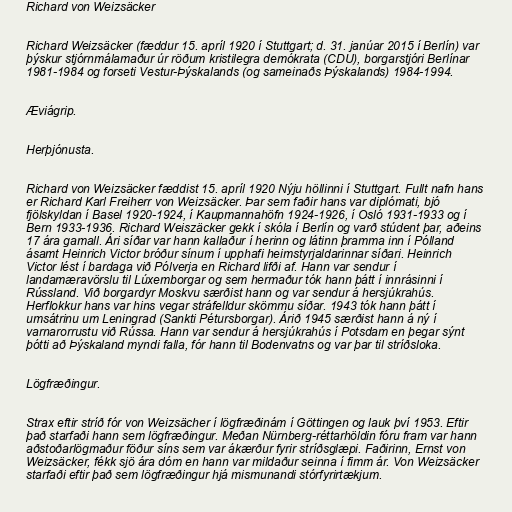
Richard von Weizsäcker

Richard Weizsäcker (fæddur 15. apríl 1920 í Stuttgart; d. 31. janúar 2015 í Berlín) var
þýskur stjórnmálamaður úr röðum kristilegra demókrata (CDU), borgarstjóri Berlínar
1981-1984 og forseti Vestur-Þýskalands (og sameinaðs Þýskalands) 1984-1994.

Æviágrip.

Herþjónusta.

Richard von Weizsäcker fæddist 15. apríl 1920 Nýju höllinni í Stuttgart. Fullt nafn hans
er Richard Karl Freiherr von Weizsäcker. Þar sem faðir hans var diplómati, bjó
fjölskyldan í Basel 1920-1924, í Kaupmannahöfn 1924-1926, í Osló 1931-1933 og í
Bern 1933-1936. Richard Weiszäcker gekk í skóla í Berlín og varð stúdent þar, aðeins
17 ára gamall. Ári síðar var hann kallaður í herinn og látinn þramma inn í Pólland
ásamt Heinrich Victor bróður sínum í upphafi heimstyrjaldarinnar síðari. Heinrich
Victor lést í bardaga við Pólverja en Richard lifði af. Hann var sendur í
landamæravörslu til Lúxemborgar og sem hermaður tók hann þátt í innrásinni í
Rússland. Við borgardyr Moskvu særðist hann og var sendur á hersjúkrahús.
Herflokkur hans var hins vegar stráfelldur skömmu síðar. 1943 tók hann þátt í
umsátrinu um Leningrad (Sankti Pétursborgar). Árið 1945 særðist hann á ný í
varnarorrustu við Rússa. Hann var sendur á hersjúkrahús í Potsdam en þegar sýnt
þótti að Þýskaland myndi falla, fór hann til Bodenvatns og var þar til stríðsloka.

Lögfræðingur.

Strax eftir stríð fór von Weizsächer í lögfræðinám í Göttingen og lauk því 1953. Eftir
það starfaði hann sem lögfræðingur. Meðan Nürnberg-réttarhöldin fóru fram var hann
aðstoðarlögmaður föður síns sem var ákærður fyrir stríðsglæpi. Faðirinn, Ernst von
Weizsäcker, fékk sjö ára dóm en hann var mildaður seinna í fimm ár. Von Weizsäcker
starfaði eftir það sem lögfræðingur hjá mismunandi stórfyrirtækjum.